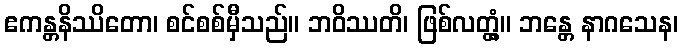
ဧကန္တနိဿိတော၊ စင်စစ်မှီသည်။ ဘဝိဿတိ၊ ဖြစ်လတ္တံ့။ ဘန္တေ နာဂသေန၊